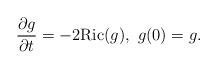
LaTeX: \begin{align*}\frac{\partial g}{\partial t}=-2{\rm Ric}(g), ~ g(0)=g.\end{align*}